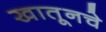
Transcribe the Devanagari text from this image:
खातूनचे